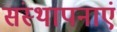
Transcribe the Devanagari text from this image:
संस्थापनाएं